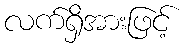
လက်ရှိအားဖြင့်